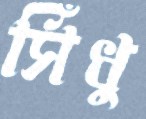
সিঁধু